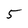
Character: 5